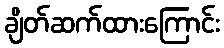
ချိတ်ဆက်ထားကြောင်း